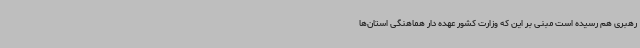
رهبری هم رسیده است مبنی بر این که وزارت کشور عهده دار هماهنگی استان‌ها